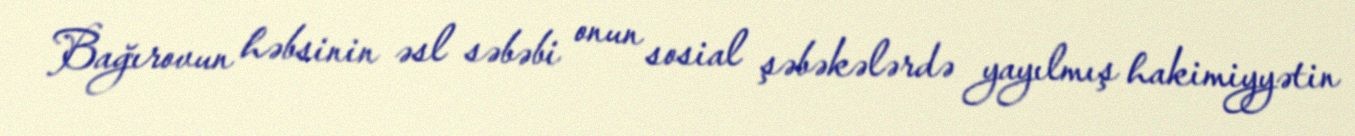
Bağırovun həbsinin əsl səbəbi onun sosial şəbəkələrdə yayılmış hakimiyyətin